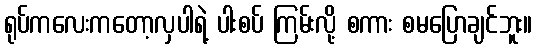
ရုပ်ကလေးကတော့လှပါရဲ့ ပါးစပ် ကြမ်းလို့ စကား စမပြောချင်ဘူး။